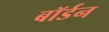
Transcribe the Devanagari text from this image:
बॉर्डन